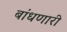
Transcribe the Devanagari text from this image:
बांधणारी